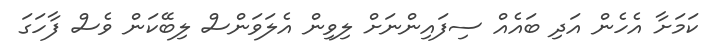
ކަމަށާ އެހެން އަދި ބައެއް ސިފައިންނަށް ލިވިން އެލަވަންސް ލިބޭކަން ވެސް ފާހަގަ